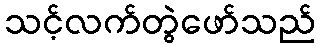
သင့်လက်တွဲဖော်သည်